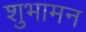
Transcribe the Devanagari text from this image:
शुभामन